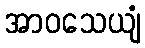
အာဝသေယျံ